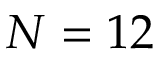
N = 1 2